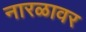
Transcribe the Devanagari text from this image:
नारळावर